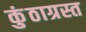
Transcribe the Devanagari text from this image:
कुंठाग्रस्त